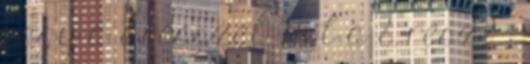
vagy a 8 résszel Hol a 8. rész? :